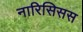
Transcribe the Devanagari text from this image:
नारिसिसस